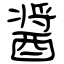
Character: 醤